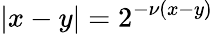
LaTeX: |x-y|=2^{-\nu(x-y)}